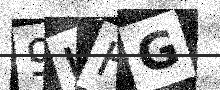
Text: 9UHG